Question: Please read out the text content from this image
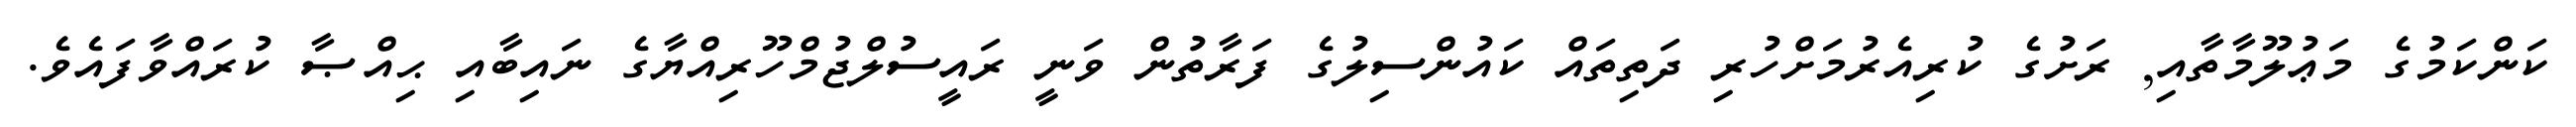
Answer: ކަންކަމުގެ މަޢުލޫމާތާއި, ރަށުގެ ކުރިއެރުމަށްހުރި ދަތިތައް ކައުންސިލުގެ ފަރާތުން ވަނީ ރައީސުލްޖުމްހޫރިއްޔާގެ ނައިބާއި ޙިއްޞާ ކުރައްވާފައެވެ.